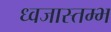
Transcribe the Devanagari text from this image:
ध्वजास्तम्भ